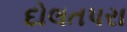
દોલતપરા